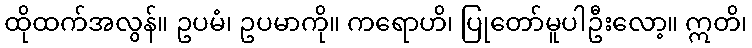
ထိုထက်အလွန်။ ဥပမံ၊ ဥပမာကို။ ကရောဟိ၊ ပြုတော်မူပါဦးလော့။ ဣတိ၊